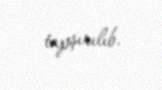
tapşırılıb.